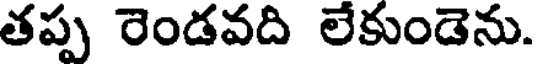
తప్ప రెండవది లేకుండెను.